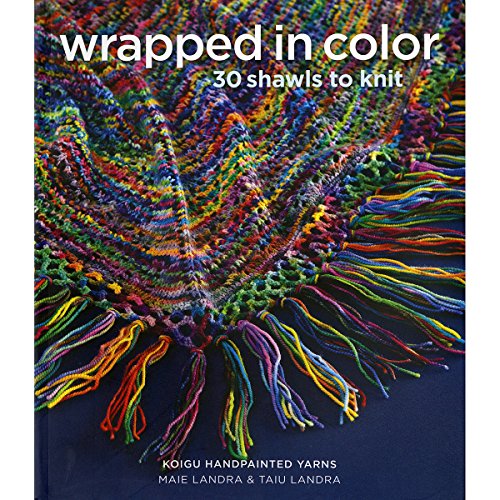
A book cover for Wrapped in Color: 30 Shawls to Knit in Koigu Handpainted Yarns; Koigu Wool Designs; Crafts, Hobbies & Home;